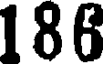
186